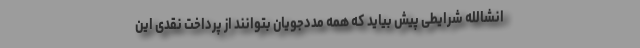
انشالله شرایطی پیش بیاید که همه مددجویان بتوانند از پرداخت نقدی این